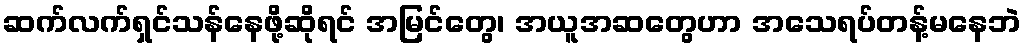
ဆက်လက်ရှင်သန်နေဖို့ဆိုရင် အမြင်တွေ၊ အယူအဆတွေဟာ အသေရပ်တန့်မနေဘဲ